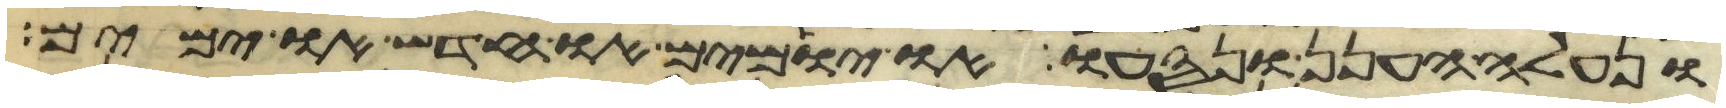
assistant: ונעלה הענן ונסעו או יומים או חדש או ימים